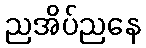
ညအိပ်ညနေ